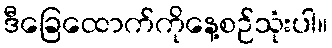
ဒီခြေထောက်ကိုနေ့စဉ်သုံးပါ။